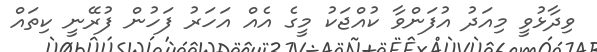
ވިދާޅުވީ މިއަދު އުފަންވާ ކުއްޖަކު މީގެ އެއް އަހަރު ފަހުން ފުރޭނީ ކިތައް